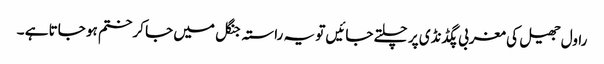
راول جھیل کی مغربی پگڈنڈی پر چلتے جائیں تو یہ راستہ جنگل میں جا کر ختم ہو جاتا ہے ۔